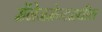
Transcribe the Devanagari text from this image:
मॅनेजमेन्टमधील